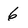
Character: 6